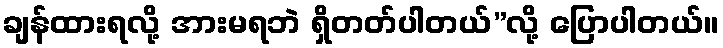
ချန်ထားရလို့ အားမရဘဲ ရှိတတ်ပါတယ်”လို့ ပြောပါတယ်။